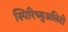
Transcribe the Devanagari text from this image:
स्पिरिच्युअलिटी